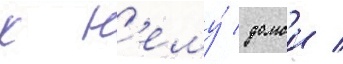
к н'ему́ домои /